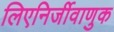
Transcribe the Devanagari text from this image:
लिएनिर्जीवाणुक